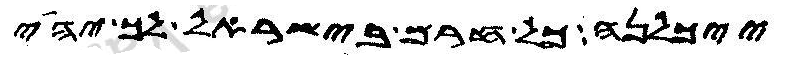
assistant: ייכלנה כל חרם בישראל לך יהי